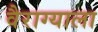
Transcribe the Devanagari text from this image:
वैराग्याला